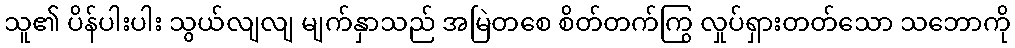
သူ၏ ပိန်ပါးပါး သွယ်လျလျ မျက်နှာသည် အမြဲတစေ စိတ်တက်ကြွ လှုပ်ရှားတတ်သော သဘောကို